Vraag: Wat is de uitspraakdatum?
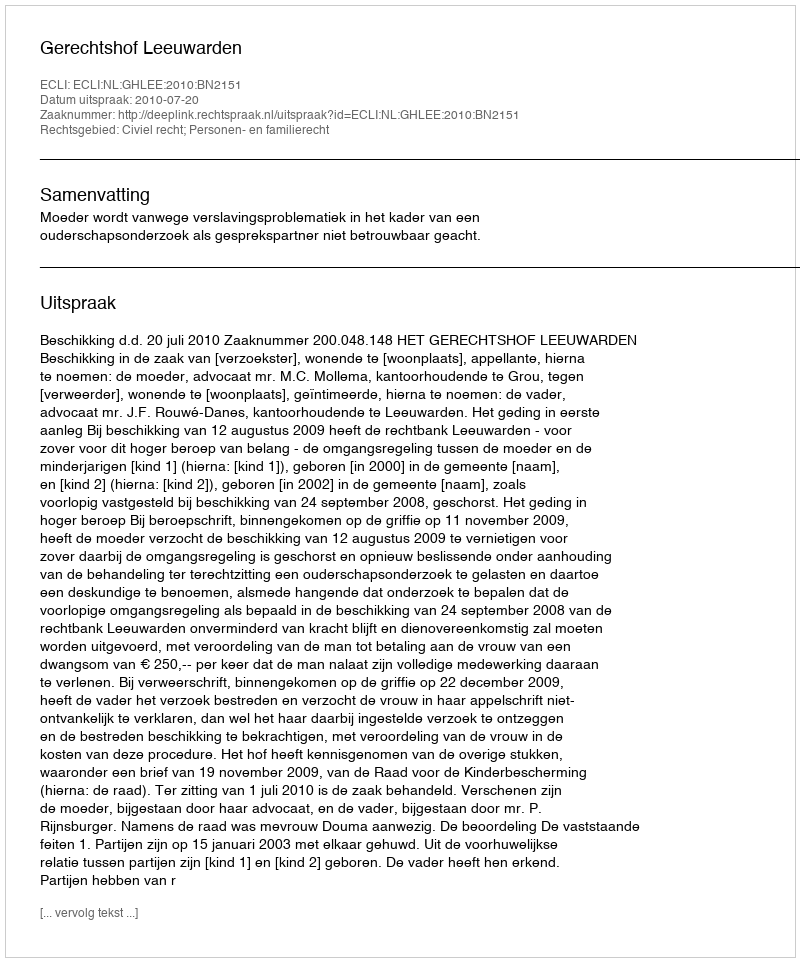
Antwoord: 2010-07-20